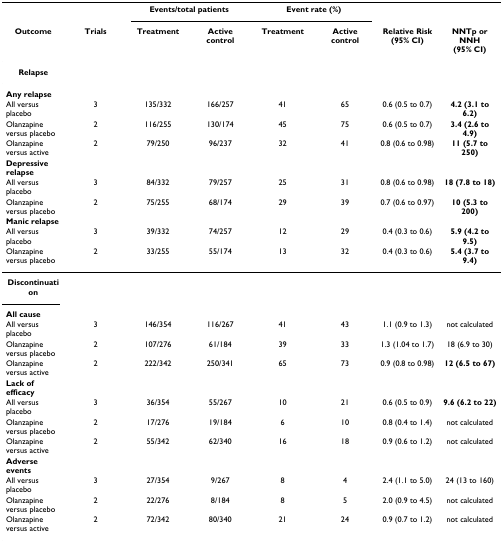
<table><thead><tr><td></td><td></td><td colspan="2"><b>Events/total patients</b></td><td colspan="2"><b>Event rate (%)</b></td><td></td><td></td></tr><tr><td><b>Outcome</b></td><td><b>Trials</b></td><td><b>Treatment</b></td><td><b>Active control</b></td><td><b>Treatment</b></td><td><b>Active control</b></td><td><b>Relative Risk (95% CI)</b></td><td><b>NNTp or NNH (95% CI)</b></td></tr></thead><tbody><tr><td><b>Relapse</b></td><td></td><td></td><td></td><td></td><td></td><td></td><td></td></tr><tr><td><b>Any relapse</b></td><td></td><td></td><td></td><td></td><td></td><td></td><td></td></tr><tr><td>All versus placebo</td><td>3</td><td>135/332</td><td>166/257</td><td>41</td><td>65</td><td>0.6 (0.5 to 0.7)</td><td><b>4.2 (3.1 to 6.2)</b></td></tr><tr><td>Olanzapine versus placebo</td><td>2</td><td>116/255</td><td>130/174</td><td>45</td><td>75</td><td>0.6 (0.5 to 0.7)</td><td><b>3.4 (2.6 to 4.9)</b></td></tr><tr><td>Olanzapine versus active</td><td>2</td><td>79/250</td><td>96/237</td><td>32</td><td>41</td><td>0.8 (0.6 to 0.98)</td><td><b>11 (5.7 to 250)</b></td></tr><tr><td><b>Depressive relapse</b></td><td></td><td></td><td></td><td></td><td></td><td></td><td></td></tr><tr><td>All versus placebo</td><td>3</td><td>84/332</td><td>79/257</td><td>25</td><td>31</td><td>0.8 (0.6 to 0.98)</td><td><b>18 (7.8 to 18)</b></td></tr><tr><td>Olanzapine versus placebo</td><td>2</td><td>75/255</td><td>68/174</td><td>29</td><td>39</td><td>0.7 (0.6 to 0.97)</td><td><b>10 (5.3 to 200)</b></td></tr><tr><td><b>Manic relapse</b></td><td></td><td></td><td></td><td></td><td></td><td></td><td></td></tr><tr><td>All versus placebo</td><td>3</td><td>39/332</td><td>74/257</td><td>12</td><td>29</td><td>0.4 (0.3 to 0.6)</td><td><b>5.9 (4.2 to 9.5)</b></td></tr><tr><td>Olanzapine versus placebo</td><td>2</td><td>33/255</td><td>55/174</td><td>13</td><td>32</td><td>0.4 (0.3 to 0.6)</td><td><b>5.4 (3.7 to 9.4)</b></td></tr><tr><td><b>Discontinuation</b></td><td></td><td></td><td></td><td></td><td></td><td></td><td></td></tr><tr><td><b>All cause</b></td><td></td><td></td><td></td><td></td><td></td><td></td><td></td></tr><tr><td>All versus placebo</td><td>3</td><td>146/354</td><td>116/267</td><td>41</td><td>43</td><td>1.1 (0.9 to 1.3)</td><td>not calculated</td></tr><tr><td>Olanzapine versus placebo</td><td>2</td><td>107/276</td><td>61/184</td><td>39</td><td>33</td><td>1.3 (1.04 to 1.7)</td><td>18 (6.9 to 30)</td></tr><tr><td>Olanzapine versus active</td><td>2</td><td>222/342</td><td>250/341</td><td>65</td><td>73</td><td>0.9 (0.8 to 0.98)</td><td><b>12 (6.5 to 67)</b></td></tr><tr><td><b>Lack of efficacy</b></td><td></td><td></td><td></td><td></td><td></td><td></td><td></td></tr><tr><td>All versus placebo</td><td>3</td><td>36/354</td><td>55/267</td><td>10</td><td>21</td><td>0.6 (0.5 to 0.9)</td><td><b>9.6 (6.2 to 22)</b></td></tr><tr><td>Olanzapine versus placebo</td><td>2</td><td>17/276</td><td>19/184</td><td>6</td><td>10</td><td>0.8 (0.4 to 1.4)</td><td>not calculated</td></tr><tr><td>Olanzapine versus active</td><td>2</td><td>55/342</td><td>62/340</td><td>16</td><td>18</td><td>0.9 (0.6 to 1.2)</td><td>not calculated</td></tr><tr><td><b>Adverse events</b></td><td></td><td></td><td></td><td></td><td></td><td></td><td></td></tr><tr><td>All versus placebo</td><td>3</td><td>27/354</td><td>9/267</td><td>8</td><td>4</td><td>2.4 (1.1 to 5.0)</td><td>24 (13 to 160)</td></tr><tr><td>Olanzapine versus placebo</td><td>2</td><td>22/276</td><td>8/184</td><td>8</td><td>5</td><td>2.0 (0.9 to 4.5)</td><td>not calculated</td></tr><tr><td>Olanzapine versus active</td><td>2</td><td>72/342</td><td>80/340</td><td>21</td><td>24</td><td>0.9 (0.7 to 1.2)</td><td>not calculated</td></tr></tbody></table>